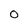
Character: O